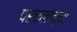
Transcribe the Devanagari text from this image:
परचलाच्या